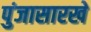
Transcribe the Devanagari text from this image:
पुंजासारखे